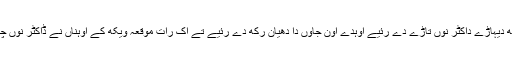
اوہ کجھ دیہاڑے داکٹر نوں تاڑے دے رئیے اوہدے آون جاوں دا دھیان رکھ دے رئیے تے اک رات موقعہ ویکھ کے اوہناں نے ڈاکٹر نوں چک لیا۔